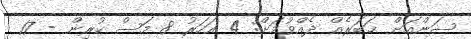
ސަންއަށް ޚަބަރެއް ދެއްވުމަށް: 4 އަހަރު 8 މަސް ކުރިން - 17